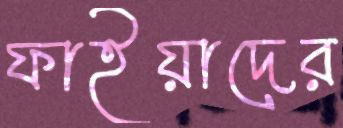
ফাইয়াদের